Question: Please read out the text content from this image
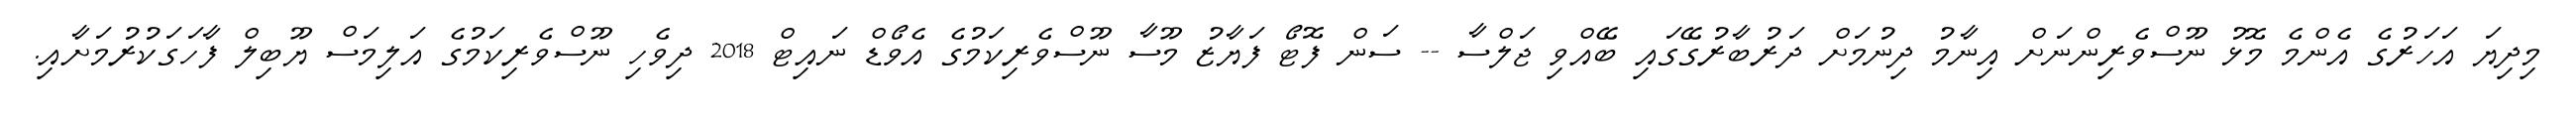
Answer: މިދިޔަ އަހަރުގެ އެންމެ މޮޅު ނޫސްވެރިންނަށް އިނާމު ދިނުމަށް ދަރުބާރުގޭގައި ބޭއްވި ޖަލްސާ -- ސަން ފޮޓޯ ފަޔާޒު މޫސާ ނޫސްވެރިކަމުގެ އެވޯޑް ނައިޓް 2018 ދިވެހި ނޫސްވެރިކަމުގެ އަލިމަސް ޔޫބިލް ފާހަގަކުރުމަށާއި.